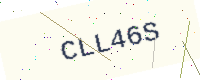
Text: CLL46S